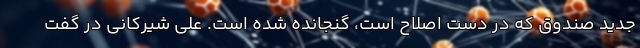
جدید صندوق که در دست اصلاح است، گنجانده شده است. علی شیرکانی در گفت